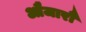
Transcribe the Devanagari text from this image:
औजारौं